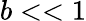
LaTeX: b<<1